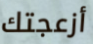
أزعجتك